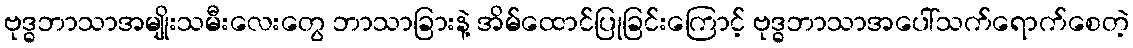
ဗုဒ္ဓဘာသာအမျိုးသမီးလေးတွေ ဘာသာခြားနဲ့ အိမ်ထောင်ပြုခြင်းကြောင့် ဗုဒ္ဓဘာသာအပေါ်သက်ရောက်စေတဲ့